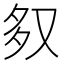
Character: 𭐶